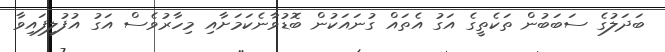
ބަދަލުގެ ސަބަބުން ތަކެތީގެ އަގު އެތައް ގުނައަކުން ބޮޑުވާނެކަމަށާއި މިހާރުވެސް އަގު އުފުލިފައިވާ